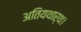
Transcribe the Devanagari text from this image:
अतियथार्थ।